Scientific memoirs by medical officers of the Army of India - Part XI,
Year: 1898
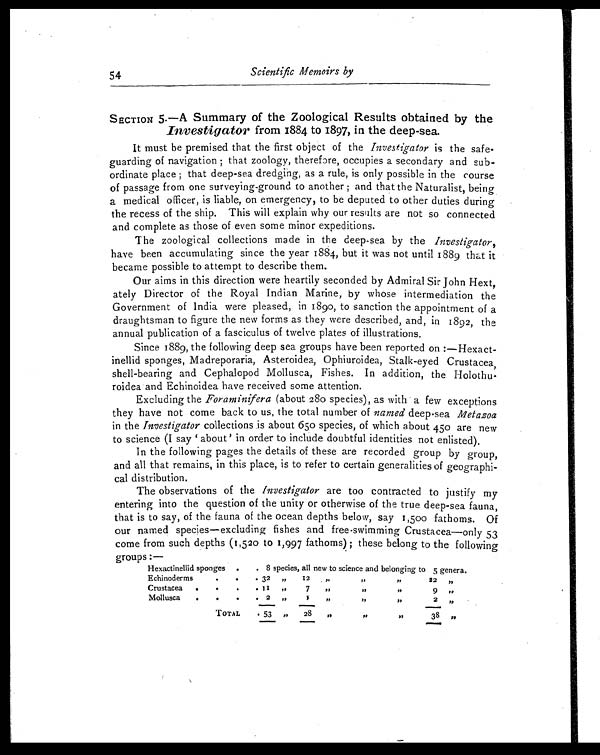
54
Scientific Memoirs by
SECTION 5.—A Summary of the Zoological Results obtained by the
Investigator from 1884 to 1897, in the deep-sea.
It must be premised that the first object of the Investigator is the safe-
guarding of navigation; that zoology, therefore, occupies a secondary and sub-
ordinate place; that deep-sea dredging, as a rule, is only possible in the course
of passage from one surveying-ground to another; and that the Naturalist, being
a medical officer, is liable, on emergency, to be deputed to other duties during
the recess of the ship. This will explain why our results are not so connected
and complete as those of even some minor expeditions.
The zoological collections made in the deep-sea by the Investigator,
have been accumulating since the year 1884, but it was not until 1889 that it
became possible to attempt to describe them.
Our aims in this direction were heartily seconded by Admiral Sir John Hext,
ately Director of the Royal Indian Marine, by whose intermediation the
Government of India were pleased, in 189o, to sanction the appointment of a
draughtsman to figure the new forms as they were described, and, in 1892, the
annual publication of a fasciculus of twelve plates of illustrations.
Since 1889, the following deep sea groups have been reported on:—Hexact-
inellid sponges, Madreporaria, Asteroidea, Ophiuroidea, Stalk-eyed Crustacea,
shell-bearing and Cephalopod Mollusca, Fishes. In addition, the Holothu-
roidea and Echinoidea have received some attention.
Excluding the Foraminifera (about 280 species), as with a few exceptions
they have not come back to us, the total number of named deep sea M etazoa
in the Investigator collections is about 650 species, of which about 450 are new
t o s ci ence ( I s ay ' about ' i n or der t o i ncl ude doubt f ul i dent i t i es not enl i s t ed) .
In the following pages the details of these are recorded group by group,
and all that remains, in this place, is to refer to certain generalities of geographi-
cal distribution.
The observations of the Investigator are too contracted to justify my
entering into the question of the unity or otherwise of the true deep-sea fauna,
that is to say, of the fauna of the ocean depths below, say 1,500 fathoms. Of
our named species—excluding fishes and free-swimming Crustacea—only 53
come from such depths (1,52o to 1,997 fathoms); these belong to the following
groups:—
Hexactinellid sponges .
. 8 species, all new to science and belonging to 5 genera.
Echinoderms
.
.
.32 . .
12 , ,
, ,
, ,
22 ,,
Crustacea .
. .
II , ,
7 , ,
, , , ,
, ,
9 ,,
Mollusca .
.
.
2 ,,
9
, ,
, ,
, ,
2 ,,
TOTAL
.53 ,, 28 ,,
. .
, ,
38 , ,